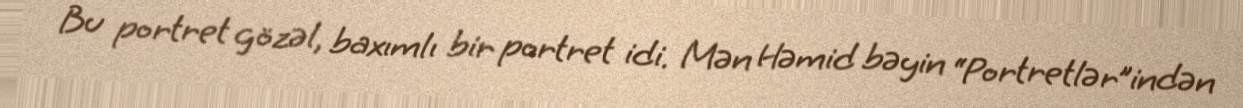
Bu portret gözəl, baxımlı bir portret idi. Mən Həmid bəyin “Portretlər”indən